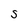
Character: S